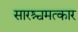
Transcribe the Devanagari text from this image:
सारश्चमत्कार